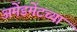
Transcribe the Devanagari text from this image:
अमेंडमेंटच्या